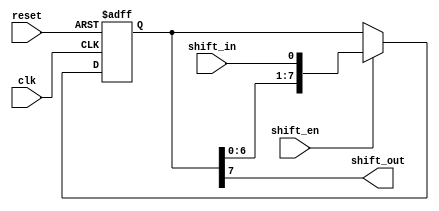
module shift_register (
    input wire clk,       // Clock signal
    input wire reset,     // Reset signal
    input wire shift_in,  // Input data
    input wire shift_en,  // Shift enable control signal
    output reg shift_out  // Output data
);

reg [7:0] reg_data;       // 8-bit shift register

always @(posedge clk or posedge reset) begin
    if (reset) begin
        reg_data <= 8'b0; // Reset data to 0's
    end else if (shift_en) begin
        reg_data <= {reg_data[6:0], shift_in}; // Shift data through register
    end
end

assign shift_out = reg_data[7]; // Output data from final flip-flop

endmodule